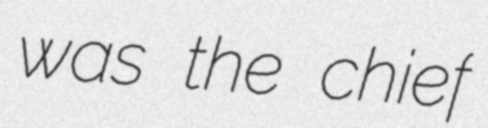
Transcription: was the chief